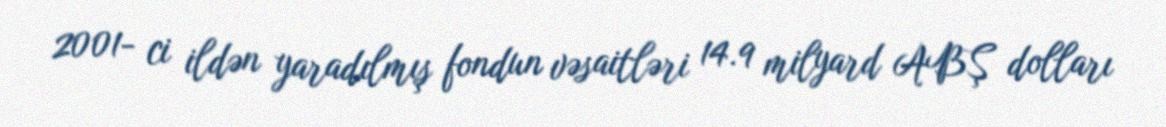
2001- ci ildən yaradılmış fondun vəsaitləri 14.9 milyard ABŞ dolları